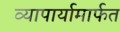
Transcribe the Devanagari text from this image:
व्यापार्यामार्फत